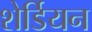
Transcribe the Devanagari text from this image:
शेर्डियन